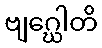
ဗျဂ္ဃေါတိ